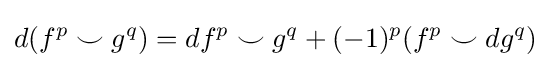
d(f^{p}\smile g^{q})=d{f^{p}}\smile g^{q}+(-1)^{p}(f^{p}\smile d{g^{q}})